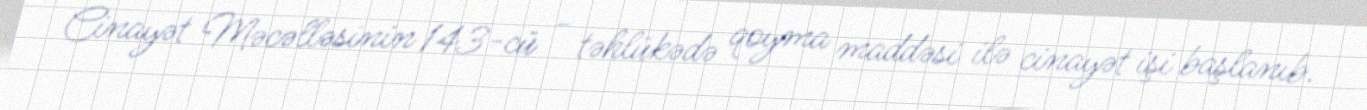
Cinayət Məcəlləsinin 143-cü - təhlükədə qoyma maddəsi ilə cinayət işi başlanıb.